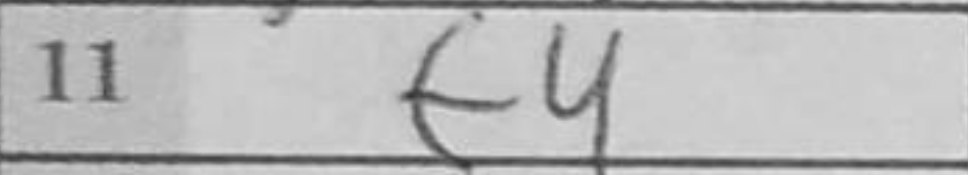
Transcription: f4